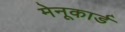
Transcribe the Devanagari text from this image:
मेनूकार्ड